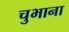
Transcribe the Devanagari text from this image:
चुभाना